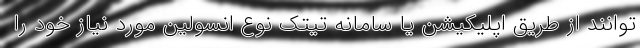
توانند از طریق اپلیکیشن یا سامانه تیتک نوع انسولین مورد نیاز خود را